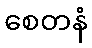
စေတနံ